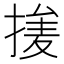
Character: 𰔞